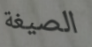
الصيغة